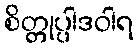
စိတ္တုပ္ပါဒဝါရ